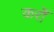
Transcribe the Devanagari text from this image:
करोँ